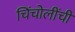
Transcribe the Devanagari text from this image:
चिंचोलींची